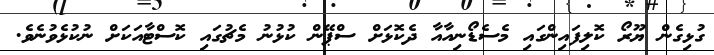
ގުޅިގެން ޔޫރޯ ކޮލިފައިންގައި މެސެޑޯނިއާއާ ދެކޮޅަށް ސްޕޭން ކުޅުނު މެޗުގައި ކޮސްޓާއަކަށް ނުކުޅެވުނެވެ.